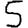
Digit: 5